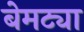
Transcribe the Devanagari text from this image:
बेमट्या